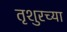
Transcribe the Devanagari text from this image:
तृशुरच्या